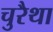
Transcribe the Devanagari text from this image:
चुरैथा